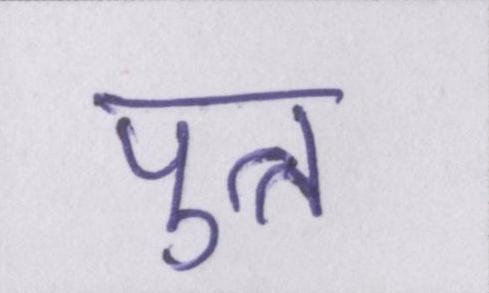
पुत्त